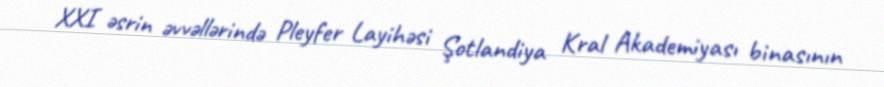
XXI əsrin əvvəllərində Pleyfer Layihəsi Şotlandiya Kral Akademiyası binasının